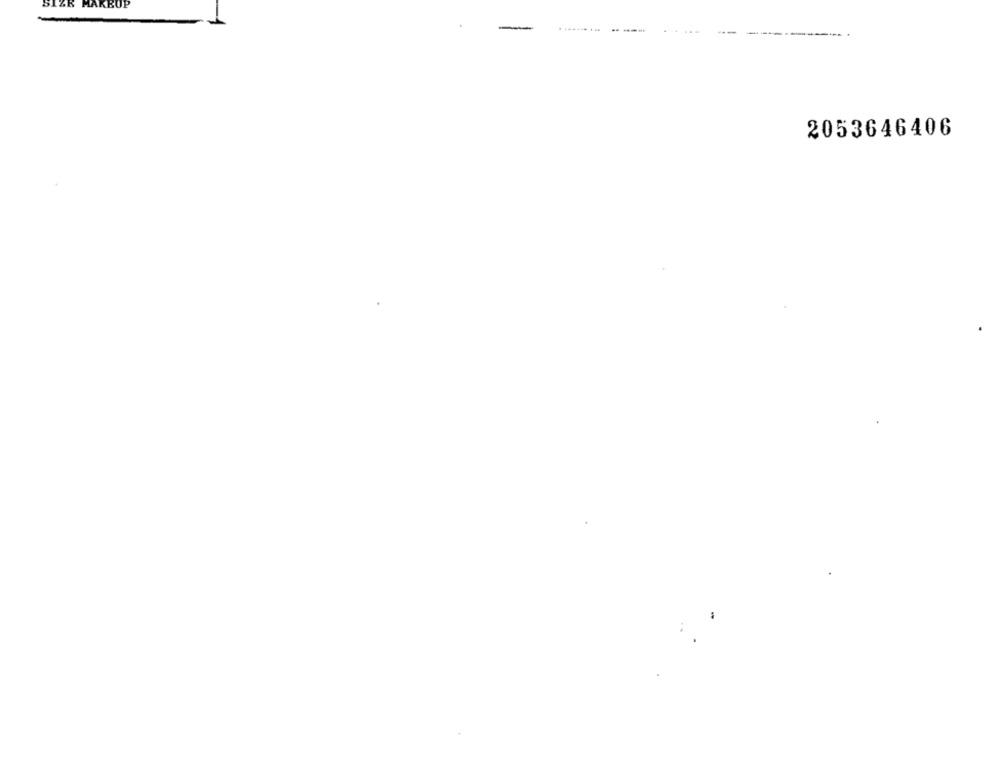
SIZE
KBUP
. .........
--
2053646406